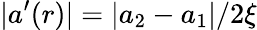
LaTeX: |a^{\prime}(r)|=|a_{2}-a_{1}|/2\xi